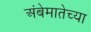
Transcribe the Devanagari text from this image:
अंबेमातेच्या